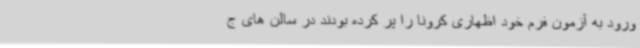
ورود به آزمون فرم خود اظهاری کرونا را پر کرده بودند در سالن های ج